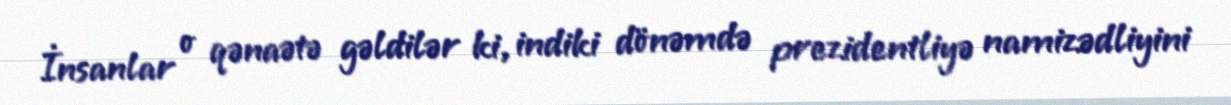
İnsanlar o qənaətə gəldilər ki, indiki dönəmdə prezidentliyə namizədliyini